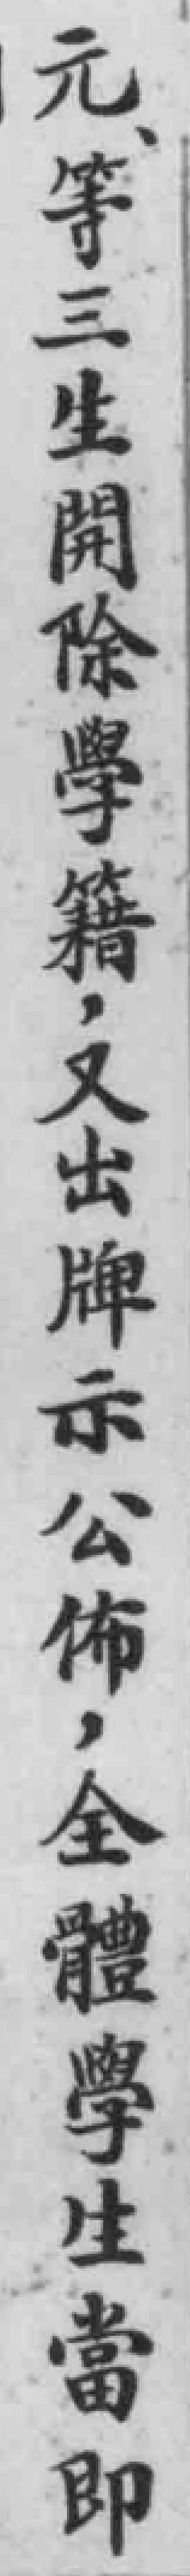
元等三生開除學籍，又出牌示公佈，全體學生當即